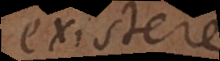
existere